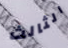
الثالث